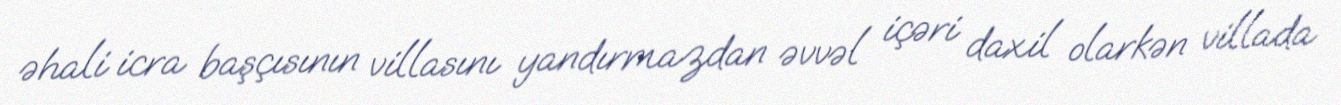
əhali icra başçısının villasını yandırmazdan əvvəl içəri daxil olarkən villada